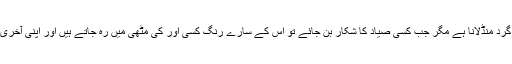
جس کی قسمت میں پھولوں کے گرد منڈلانا ہے مگر جب کسی صیاد کا شکار بن جائے تو اس کے سارے رنگ کسی اور کی مٹھی میں رہ جاتے ہیں اور اپنی آخری سسکی لے کر ختم ہو جاتی ہے۔